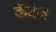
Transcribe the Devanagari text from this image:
कॅबेज